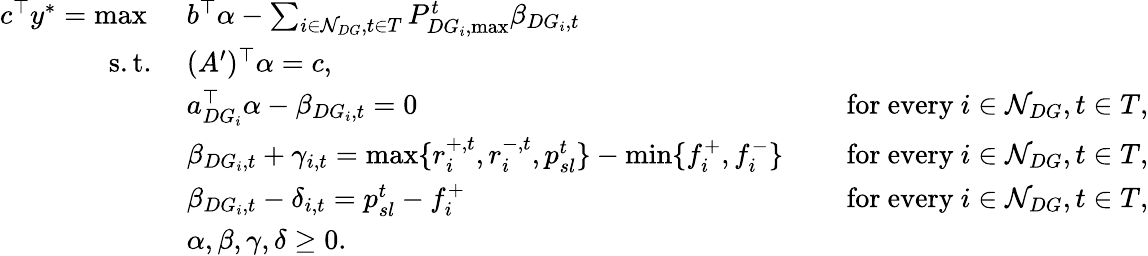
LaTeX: \begin{array}{rlrl}{c^{\top}y^{*}=\operatorname*{max}\ }&{b^{\top}\alpha-\sum_{i\in\mathcal{N}_{DG},t\in T}P_{DG_{i},\operatorname*{max}}^{t}\beta_{DG_{i},t}}\\ {\mathrm{s.t.}\ }&{(A^{\prime})^{\top}\alpha=c,}\\ &{a_{DG_{i}}^{\top}\alpha-\beta_{DG_{i},t}=0}&&{\mathrm{~for~every~}i\in\mathcal{N}_{DG},t\in T,}\\ &{\beta_{DG_{i},t}+\gamma_{i,t}=\operatorname*{max}\{ r_{i}^{+,t},r_{i}^{-,t},p_{sl}^{t}\} -\operatorname*{min}\{ f_{i}^{+},f_{i}^{-}\} }&&{\mathrm{~for~every~}i\in\mathcal{N}_{DG},t\in T,}\\ &{\beta_{DG_{i},t}-\delta_{i,t}=p_{sl}^{t}-f_{i}^{+}}&&{\mathrm{~for~every~}i\in\mathcal{N}_{DG},t\in T,}\\ &{\alpha,\beta,\gamma,\delta\geq 0.}\end{array}